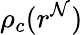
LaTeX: \rho_{c}(r^{\mathcal{N}})